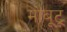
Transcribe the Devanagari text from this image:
मोबूटू